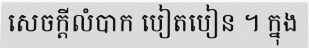
សេចក្តីលំបាក បៀតបៀន ។ ក្នុង